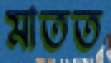
মাতত